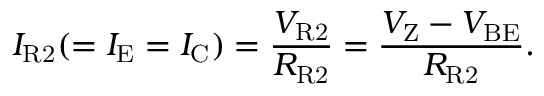
I _ { \mathrm { R 2 } } ( = I _ { \mathrm { E } } = I _ { \mathrm { C } } ) = { \frac { V _ { \mathrm { R 2 } } } { R _ { \mathrm { R 2 } } } } = { \frac { V _ { \mathrm { Z } } - V _ { \mathrm { B E } } } { R _ { \mathrm { R 2 } } } } .